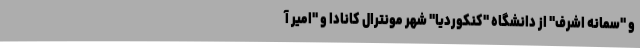
و "سمانه اشرف" از دانشگاه "کنکوردیا" شهر مونترال کانادا و "امیر آ